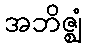
အဘိဇ္ဈံ